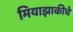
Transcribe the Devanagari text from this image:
मियाझाकीचे